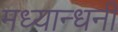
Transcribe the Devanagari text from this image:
मध्यान्धनी